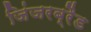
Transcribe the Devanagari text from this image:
जिंजरब्रैड